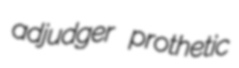
adjudger prothetic